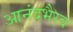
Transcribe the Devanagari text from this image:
आनंदभैरव